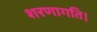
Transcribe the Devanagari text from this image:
शरणागति।